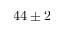
4 4 \pm 2